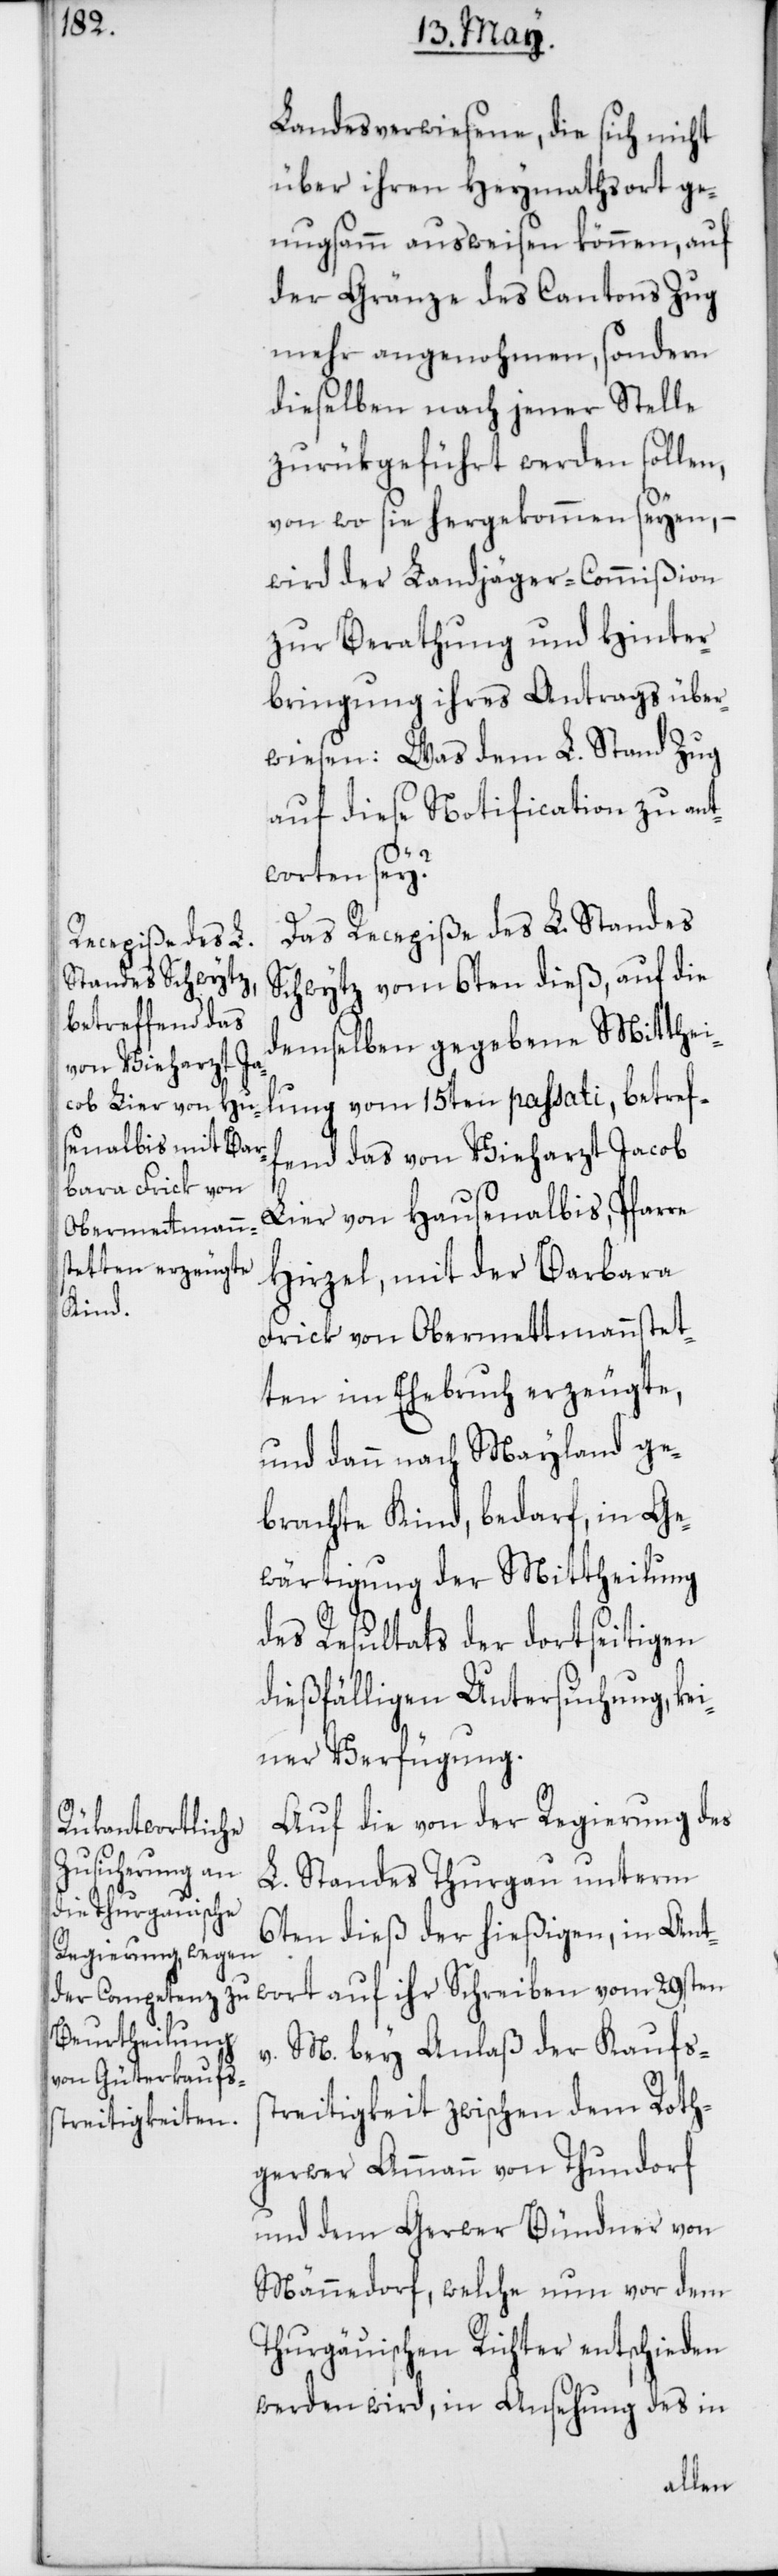
wort

Landesverwiesene, die sich nicht
über ihren Heymathsort ge¬
nugsam ausweisen können, auf
der Gränze des Cantons Zug
mehr angenohmen, sondern
dieselben nach jener Stelle
zurükgeführt werden sollen,
von wo sie hergekommen seyen, –
wird der Landjäger-Commißion
zur Berathung und Hinter¬
bringung ihres Antrags über¬
wiesen, was dem L. Stand Zug
auf diese Notification zu ant¬
worten sey?
Das Recepiße des L. Standes
Schwytz vom 6ten dieß, auf die
demselben gegebene Mitthei¬
lung vom 15ten passati, betref¬
fend das von Vieharzt Jacob
Lier von Hausenalbis, Pfarre
Hirzel, mit der Barbara
Frick von Obermettmannstet¬
ten im Ehebruch erzeugte,
und dann nach Mayland ge¬
brachte Kind, bedarf, in Ge¬
wärtigung der Mittheilung
des Resultats der dortseitigen
dießfälligen Untersuchung, kei¬
ner Verfügung.
Auf die von der Regierung des
L. Standes Thurgau unterm
6ten dieß der hießigen, in Ant¬
v. M. bey Anlaß der Kaufss¬
treitigkeit zwischen dem Roth¬
gerwer Ammann von Thundorf
und dem Gerwer Bündner von
Männedorf, welche nun vor dem
Thurgauischen Richter entschieden
werden wird, in Ansehung des in